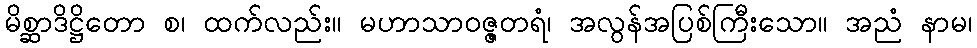
မိစ္ဆာဒိဋ္ဌိတော စ၊ ထက်လည်း။ မဟာသာဝဇ္ဇတရံ၊ အလွန်အပြစ်ကြီးသော။ အညံ နာမ၊